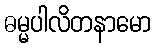
ဓမ္မပါလိတနာမော